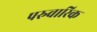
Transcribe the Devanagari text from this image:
परुवारिक